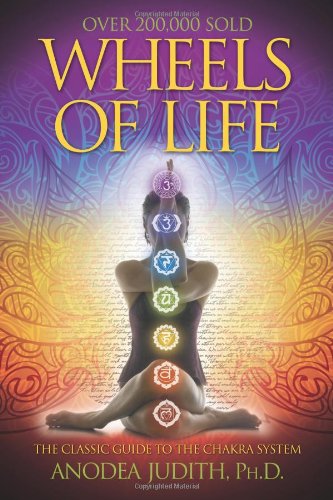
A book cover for Wheels of Life: A User's Guide to the Chakra System (Llewellyn's New Age Series); Anodea Judith; Health, Fitness & Dieting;